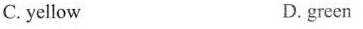
C. yellow D. green